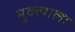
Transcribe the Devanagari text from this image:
मुक्त्याला